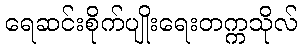
ရေဆင်းစိုက်ပျိုးရေးတက္ကသိုလ်